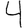
Digit: 4